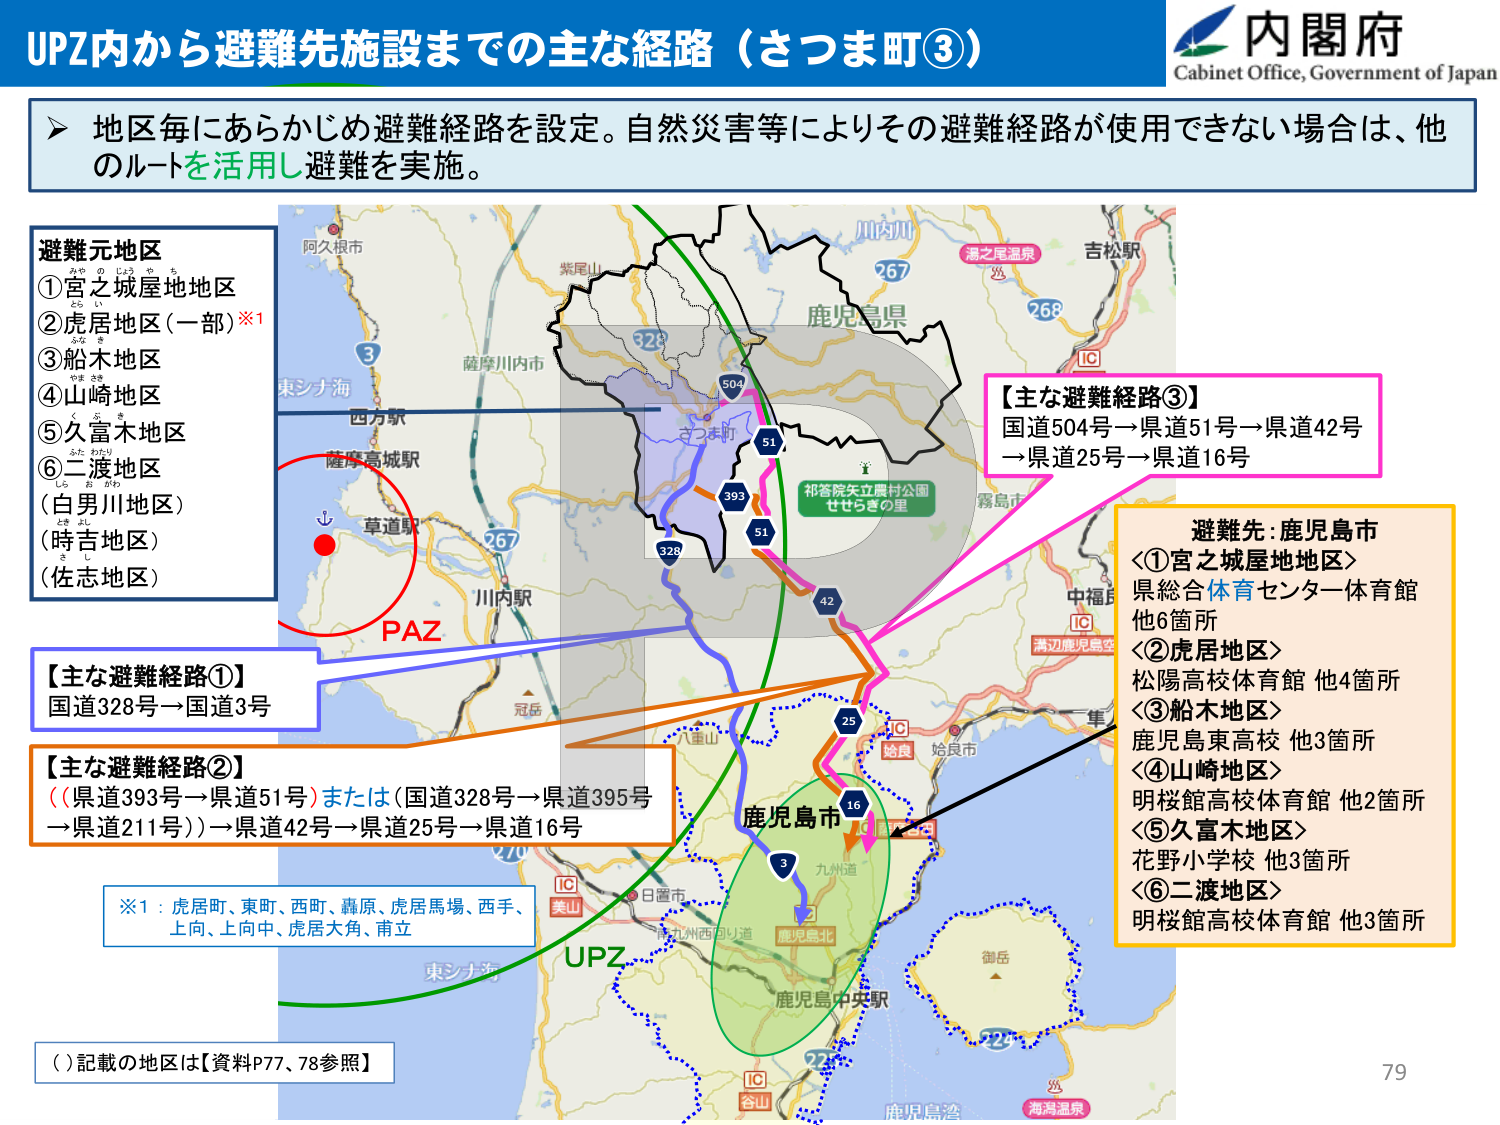
UPZ内から避難先施設までの主な経路（さつま町③）

内閣府
Cabinet Office, Government of Japan

▶ 地区毎にあらかじめ避難経路を設定。自然災害等によりその避難経路が使用できない場合は、他のルートを活用し避難を実施。

避難元地区
①宮之城屋地区
②虎居地区（一部）※1
③船木地区
④山崎地区
⑤久富木地区
⑥二渡地区
（白男川地区）
（時吉地区）
（佐志地区）

【主な避難経路①】
国道328号→国道3号

【主な避難経路②】
（県道393号→県道51号）または（国道328号→県道395号→県道211号）→県道42号→県道25号→県道16号

【主な避難経路③】
国道504号→県道51号→県道42号→県道25号→県道16号

※1：虎居町、東町、西町、森原、虎居馬場、西手、上向、上向中、虎居大角、甫立

（）記載の地区は【資料P77、78参照】

避難先：鹿児島市
＜①宮之城屋地区＞
県総合体育センター体育館
他6箇所
＜②虎居地区＞
松陽高校体育館 他4箇所
＜③船木地区＞
鹿児島東高校 他3箇所
＜④山崎地区＞
明桜館高校体育館 他2箇所
＜⑤久富木地区＞
花野小学校 他3箇所
＜⑥二渡地区＞
明桜館高校体育館 他3箇所

PAZ
UPZ
鹿児島市
鹿児島中央駅
鹿児島北
日置市
美山
IC
九州道
3
16
25
42
51
393
328
504
328
267
268
267
3
阿久根市
薩摩川内市
西方駅
薩摩高城駅
草道駅
川内駅
紫尾山
鹿児島県
川内川
湯之尾温泉
吉松駅
IC
中福島
満辺鹿児島空港
IC
姶良
姶良市
六重山
御岳
鹿児島湾
海潟温泉
IC
谷山
東シナ海
東シナ海
九重山
せせらきの里
祁答院矢立農村公園

79